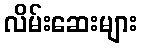
လိမ်းဆေးများ